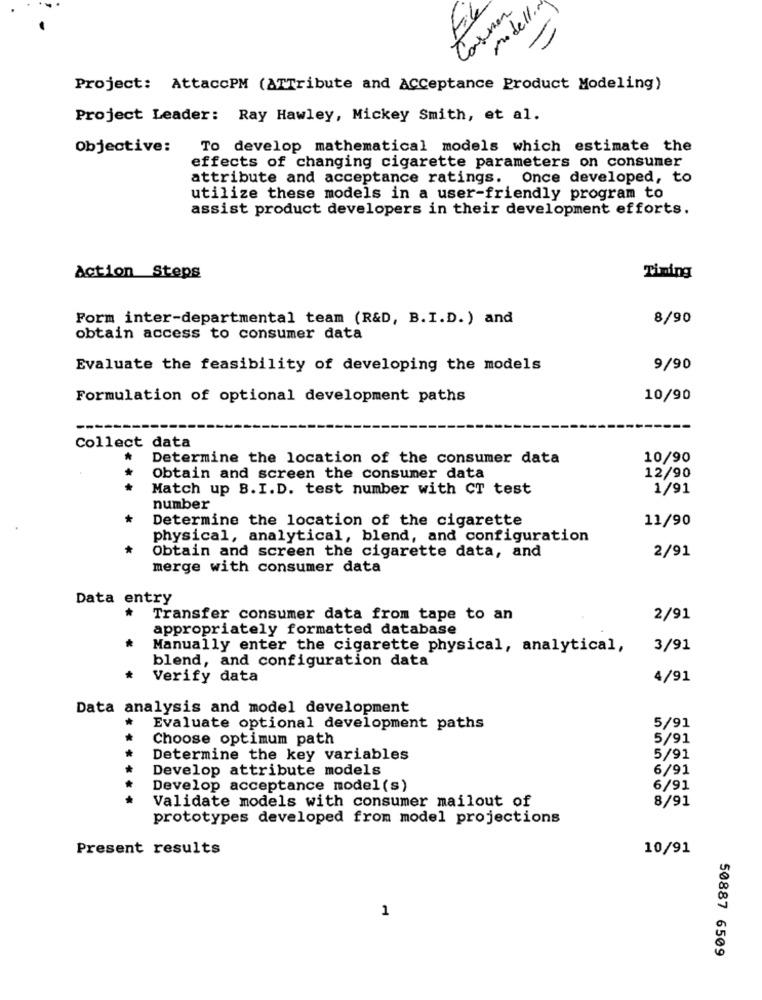
Carmen
modell.
-
Project: AttaccPM (ATTribute and ACCeptance Product Modeling)
Project Leader: Ray Hawley, Mickey Smith, et al.
Objective:
To develop mathematical models which estimate the
effects of changing cigarette parameters on consumer
attribute and acceptance ratings. Once developed, to
utilize these models in a user-friendly program to
assist product developers in their development efforts.
Action Steps
Tining
Form inter-departmental team (R&D, B.I.D.) and
8/90
obtain access to consumer data
Evaluate the feasibility of developing the models
9/90
Formulation of optional development paths
10/90
Collect data
Determine the location of the consumer data
10/90
Obtain and screen the consumer data
12/90
Match up B.I.D. test number with CT test
1/91
number
+
Determine the location of the cigarette
11/90
physical, analytical, blend, and configuration
*
Obtain and screen the cigarette data, and
2/91
merge with consumer data
Data entry
*
Transfer consumer data from tape to an
2/91
appropriately formatted database
*
Manually enter the cigarette physical, analytical,
3/91
blend, and configuration data
Verify data
4/91
Data analysis and model development
Evaluate optional development paths
5/91
Choose optimum path
5/91
Determine the key variables
5/91
Develop attribute models
6/91
Develop acceptance model(s)
6/91
Validate models with consumer mailout of
8/91
prototypes developed from model projections
Present results
10/91
1
50887 6509